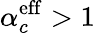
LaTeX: \alpha_{c}^{\mathrm{eff}}>1